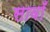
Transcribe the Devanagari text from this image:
सावाँ